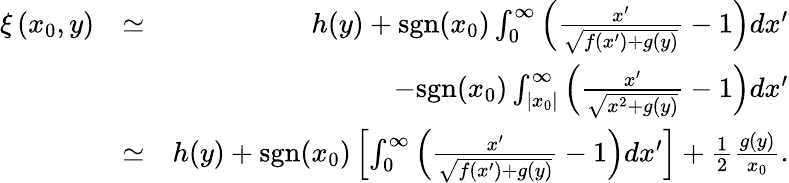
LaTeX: \begin{array}{rlr}{\xi\left(x_{0},y\right)}&{\simeq}&{h(y)+\mathrm{sgn}(x_{0})\int_{0}^{\infty}\left(\frac{x^{\prime}}{\sqrt{f(x^{\prime})+g(y)}}-1\right)dx^{\prime}}\\ &{}&{-\mathrm{sgn}(x_{0})\int_{|x_{0}|}^{\infty}\left(\frac{x^{\prime}}{\sqrt{x^{2}+g(y)}}-1\right)dx^{\prime}}\\ &{\simeq}&{h(y)+\mathrm{sgn}(x_{0})\left[\int_{0}^{\infty}\left(\frac{x^{\prime}}{\sqrt{f(x^{\prime})+g(y)}}-1\right)dx^{\prime}\right]+\frac{1}{2}\frac{g(y)}{x_{0}}.}\end{array}